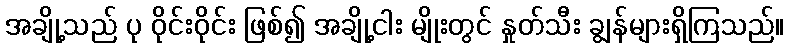
အချို့သည် ပု ဝိုင်းဝိုင်း ဖြစ်၍ အချို့ငါး မျိုးတွင် နှုတ်သီး ချွန်များရှိကြသည်။